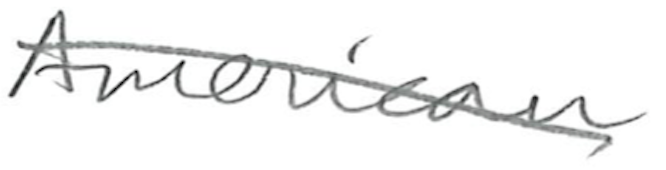
Text: American
Cross-out: diagonal
Writing tool: pencil